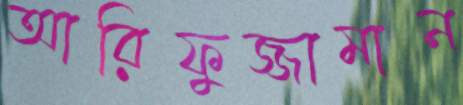
আরিফুজ্জামান